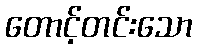
တောင့်တင်းသော